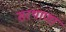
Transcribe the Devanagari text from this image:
सरथाणा